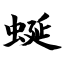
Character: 蜒